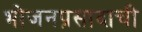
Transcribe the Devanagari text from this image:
भोजनप्रसादाची